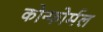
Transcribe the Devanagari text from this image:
कोन्फोर्मल